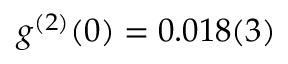
g ^ { ( 2 ) } ( 0 ) = 0 . 0 1 8 ( 3 )